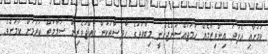
ކަމަށާއި އެފަދަ އިންތިޒާމެއް ހަމަޖައްސަންޖެހެނީ މިބާވަތުގެ ހާދިސާތަކުން ޙައްޖުވެރިން ސަލާމަތް ކުރުމަށް ކަމަށެވެ.